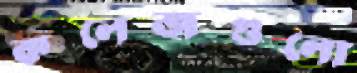
কলেজগুলো